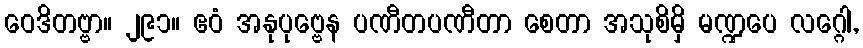
ဝေဒိတဗ္ဗာ။ ၂၉၁။ ဧဝံ အနုပုဗ္ဗေန ပဏီတပဏီတာ စေတာ အသုစိမှိ မဏ္ဍပေ လဂ္ဂေါ,